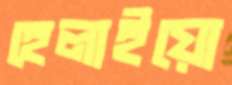
হেলাইয়ো